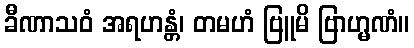
ခီဏာသဝံ အရဟန္တံ၊ တမဟံ ဗြူမိ ဗြာဟ္မဏံ။